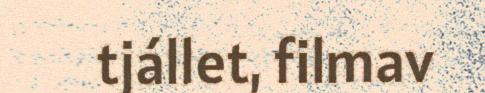
tjállet, filmav